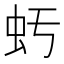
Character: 𧈯